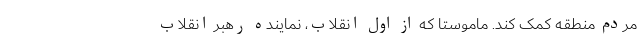
مردم منطقه کمک کند. ماموستا که از اول انقلاب، نماینده رهبر انقلاب